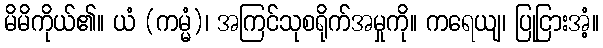
မိမိကိုယ်၏။ ယံ (ကမ္မံ)၊ အကြင်သုစရိုက်အမှုကို။ ကရေယျ၊ ပြုငြားအံ့။